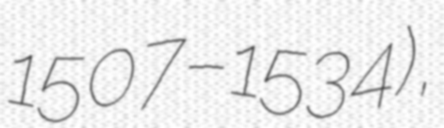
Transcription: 1507–1534),